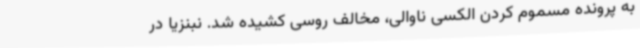
به پرونده مسموم کردن الکسی ناوالی، مخالف روسی کشیده شد. نبنزیا در